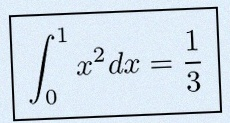
\int_0^1 x^2dx=\frac13